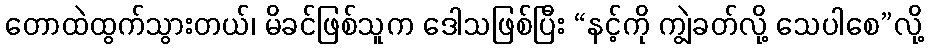
တောထဲထွက်သွားတယ်၊ မိခင်ဖြစ်သူက ဒေါသဖြစ်ပြီး “နင့်ကို ကျွဲခတ်လို့ သေပါစေ”လို့